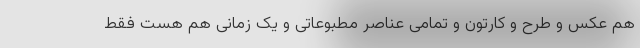
هم عکس و طرح و کارتون و تمامی عناصر مطبوعاتی و یک زمانی هم هست فقط